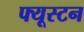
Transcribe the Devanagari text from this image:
फ्यूस्टन